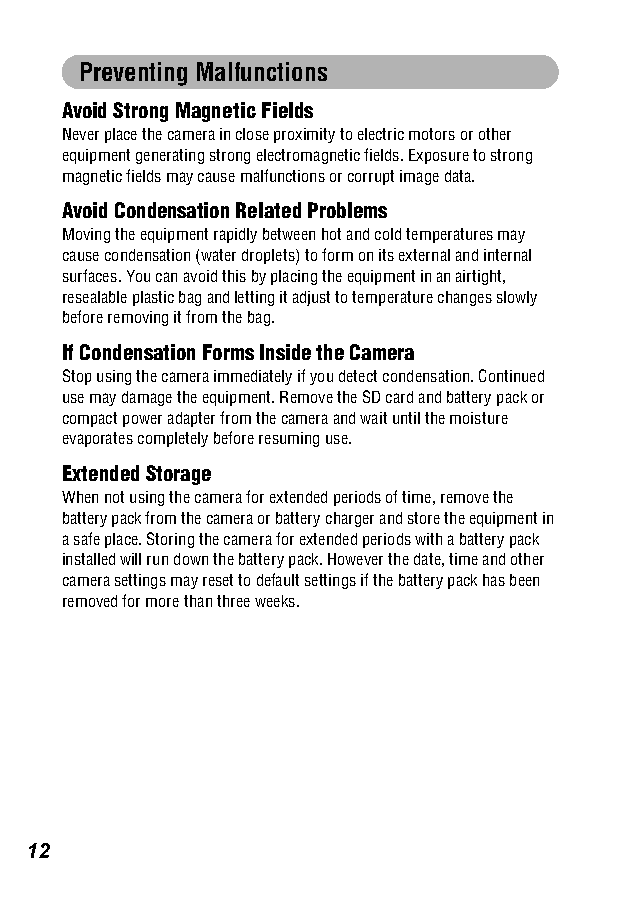
Preventing Malfunctions
 Avoid Strong Magnetic Fields
 Never place the camera in close proximity to electric motors or other
 equipment generating strong electromagnetic fields. Exposure to strong
 magnetic fields may cause malfunctions or corrupt image data.
 Avoid Condensation Related Problems
 Moving the equipment rapidly between hot and cold temperatures may
 cause condensation (water droplets) to form on its external and internal
 surfaces. You can avoid this by placing the equipment in an airtight,
 resealable plastic bag and letting it adjust to temperature changes slowly
 before removing it from the bag.
 If Condensation Forms Inside the Camera
 Stop using the camera immediately if you detect condensation. Continued
 use may damage the equipment. Remove the SD card and battery pack or
 compact power adapter from the camera and wait until the moisture
 evaporates completely before resuming use.
 Extended Storage
 When not using the camera for extended periods of time, remove the
 battery pack from the camera or battery charger and store the equipment in
 a safe place. Storing the camera for extended periods with a battery pack
 installed will run down the battery pack. However the date, time and other
 camera settings may reset to default settings if the battery pack has been
 removed for more than three weeks.
 12